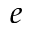
e